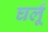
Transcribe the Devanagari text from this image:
घर्लू